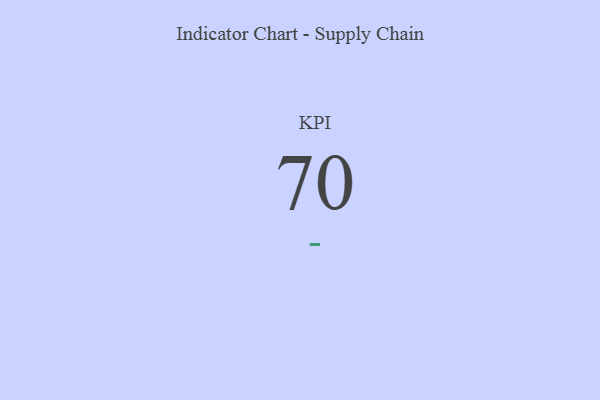
{"axis": {"x": "KPI", "y": "Value"}, "legend": [""], "data": [{"x": "KPI", "y": 70, "type": ""}]}